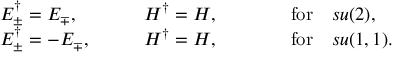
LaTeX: \begin{array} { l l l } { { E _ { \pm } ^ { \dagger } = E _ { \mp } , } } & { { \quad \quad H ^ { \dagger } = H , } } & { { \quad \quad \quad \mathrm { f o r } \quad s u ( 2 ) , } } \\ { { E _ { \pm } ^ { \dagger } = - E _ { \mp } , } } & { { \quad \quad H ^ { \dagger } = H , } } & { { \quad \quad \quad \mathrm { f o r } \quad s u ( 1 , 1 ) . } } \end{array}